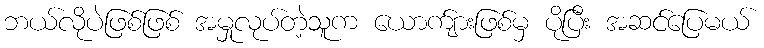
ဘယ်လိုပဲဖြစ်ဖြစ် အမှုလုပ်တဲ့သူက ယောက်ျားဖြစ်မှ ပိုပြီး အဆင်ပြေမယ်